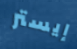
إيستر